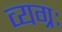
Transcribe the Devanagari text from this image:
व्यग्रः